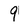
Character: 9